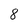
Character: 8